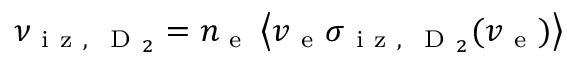
\nu _ { \mathrm { ~ i ~ z ~ , ~ } \mathrm { ~ D ~ } _ { 2 } } = n _ { \mathrm { ~ e ~ } } \left\langle v _ { \mathrm { ~ e ~ } } \sigma _ { \mathrm { ~ i ~ z ~ , ~ } \mathrm { ~ D ~ } _ { 2 } } ( v _ { \mathrm { ~ e ~ } } ) \right\rangle